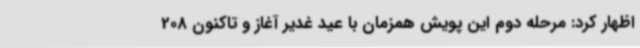
اظهار کرد: مرحله دوم این پویش همزمان با عید غدیر آغاز و تاکنون 208